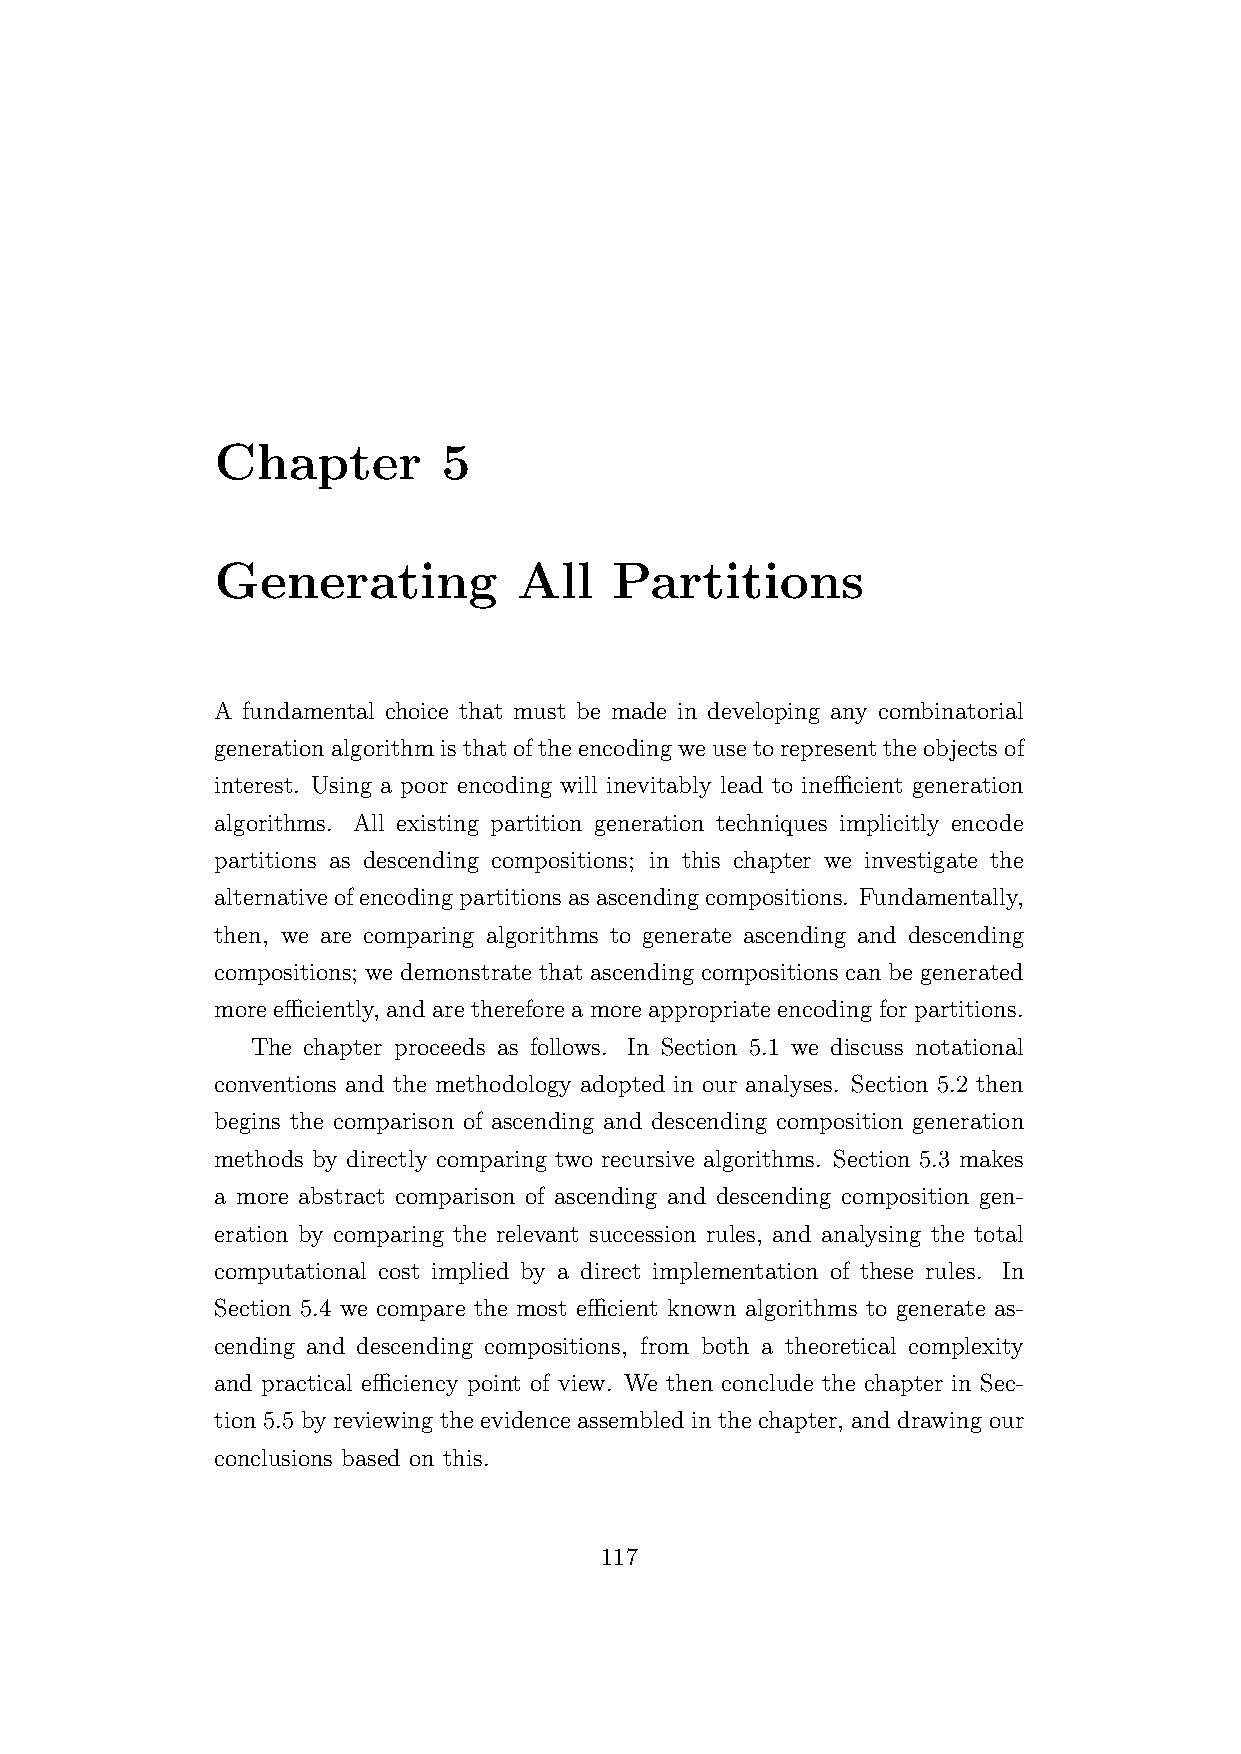
Chapter        5
 Generating          All    Partitions
 A fundamental choice that must be made in developing any combinatorial
 generationalgorithmisthatoftheencodingweusetorepresenttheobjectsof
 interest. Using a poor encoding will inevitably lead to inefficient generation
 algorithms. All existing partition generation techniques implicitly encode
 partitions as descending compositions; in this chapter we investigate the
 alternativeofencodingpartitionsasascendingcompositions. Fundamentally,
 then, we are comparing algorithms to generate ascending and descending
 compositions; we demonstrate that ascending compositions can be generated
 more efficiently, and aretherefore a more appropriateencodingfor partitions.
 The chapter proceeds as follows. In Section 5.1 we discuss notational
 conventions and the methodology adopted in our analyses. Section 5.2 then
 begins the comparison of ascending and descending composition generation
 methods by directly comparing two recursive algorithms. Section 5.3 makes
 a more abstract comparison of ascending and descending composition gen-
 eration by comparing the relevant succession rules, and analysing the total
 computational cost implied by a direct implementation of these rules. In
 Section 5.4 we compare the most efficient known algorithms to generate as-
 cending and descending compositions, from both a theoretical complexity
 and practical efficiency point of view. We then conclude the chapter in Sec-
 tion 5.5 by reviewing the evidence assembled in the chapter, and drawing our
 conclusions based on this.
 117